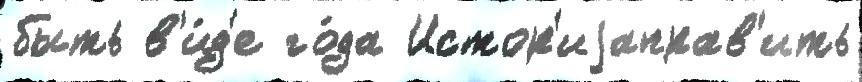
быть в'и́д'е го́да Истор'иjаправ'ить